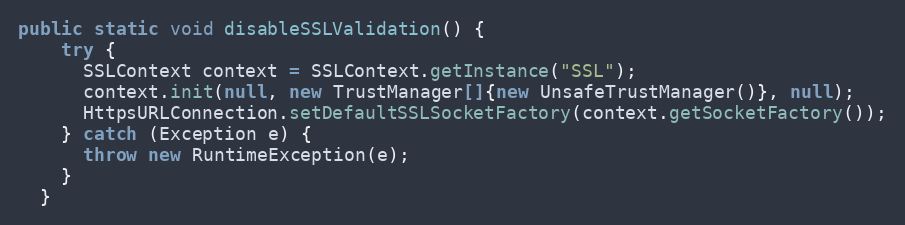
Language: Java
public static void disableSSLValidation() {
    try {
      SSLContext context = SSLContext.getInstance("SSL");
      context.init(null, new TrustManager[]{new UnsafeTrustManager()}, null);
      HttpsURLConnection.setDefaultSSLSocketFactory(context.getSocketFactory());
    } catch (Exception e) {
      throw new RuntimeException(e);
    }
  }